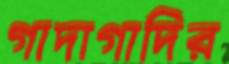
গাদাগাদির